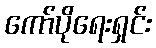
ကော်ပိုရေးရှင်း